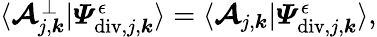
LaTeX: \begin{array}{r}{\langle\boldsymbol{\mathcal{A}}_{j,\boldsymbol{k}}^{\bot}|\boldsymbol{\varPsi}_{\mathrm{div},j,\boldsymbol{k}}^{\epsilon}\rangle=\langle\boldsymbol{\mathcal{A}}_{j,\boldsymbol{k}}|\boldsymbol{\varPsi}_{\mathrm{div},j,\boldsymbol{k}}^{\epsilon}\rangle,}\end{array}